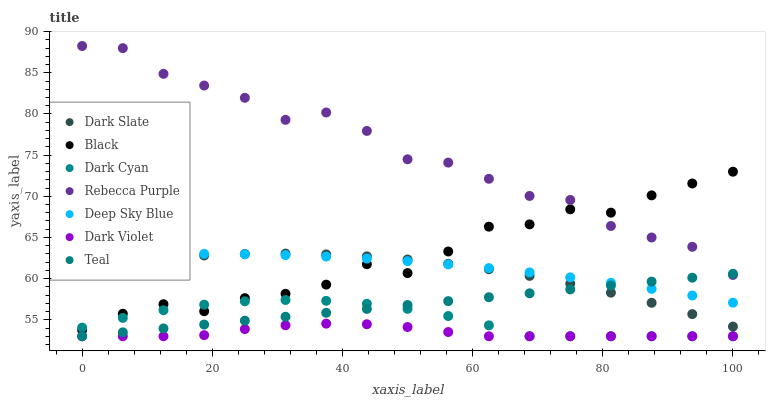
| xaxis_label | Dark Slate | Black | Dark Cyan | Rebecca Purple | Deep Sky Blue | Dark Violet | Teal |
 | --- | --- | --- | --- | --- | --- | --- | --- |
 | 0 | 61.4 | 53.7 | 54 | 88.3 | 62.7 | 53 | 53 |
 | 6.25 | 62 | 55.7 | 55.2 | 88 | 62.9 | 53 | 53.5 |
 | 12.5 | 62.5 | 56.9 | 56.2 | 84.9 | 63 | 53 | 53.9 |
 | 18.8 | 62.8 | 56 | 56.8 | 83.5 | 63 | 53.1 | 54.4 |
 | 25 | 63 | 57.6 | 57.2 | 82 | 63 | 53.9 | 54.9 |
 | 31.2 | 63 | 58.2 | 57.4 | 79.3 | 62.9 | 54.3 | 55.4 |
 | 37.5 | 62.9 | 59.3 | 57.3 | 80.2 | 62.7 | 54.5 | 55.8 |
 | 43.8 | 62.7 | 61.7 | 56.9 | 77.9 | 62.4 | 54.5 | 56.3 |
 | 50 | 62.3 | 60.7 | 56.3 | 74.5 | 62.1 | 54.1 | 56.8 |
 | 56.2 | 61.8 | 63.3 | 55.5 | 74.1 | 61.7 | 53.5 | 57.3 |
 | 62.5 | 61.1 | 66.3 | 54.3 | 72.1 | 61.3 | 53 | 57.7 |
 | 68.8 | 60.3 | 66.6 | 53 | 70 | 60.8 | 53 | 58.2 |
 | 75 | 59.4 | 68.4 | 53 | 69.6 | 60.2 | 53 | 58.7 |
 | 81.2 | 58.3 | 68 | 53 | 66.4 | 59.5 | 53 | 59.2 |
 | 87.5 | 57.1 | 70.1 | 53 | 65 | 58.8 | 53 | 59.6 |
 | 93.8 | 55.7 | 71.6 | 53 | 63.9 | 57.9 | 53 | 60.1 |
 | 100 | 54.2 | 73 | 53 | 60.4 | 57.1 | 53 | 60.6 |